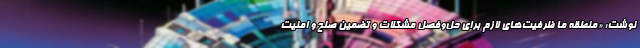
نوشت: «منطقه ما ظرفیت‌های لازم برای حل‌وفصل مشکلات و تضمین صلح و امنیت